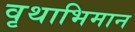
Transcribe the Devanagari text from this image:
वृथाभिमान